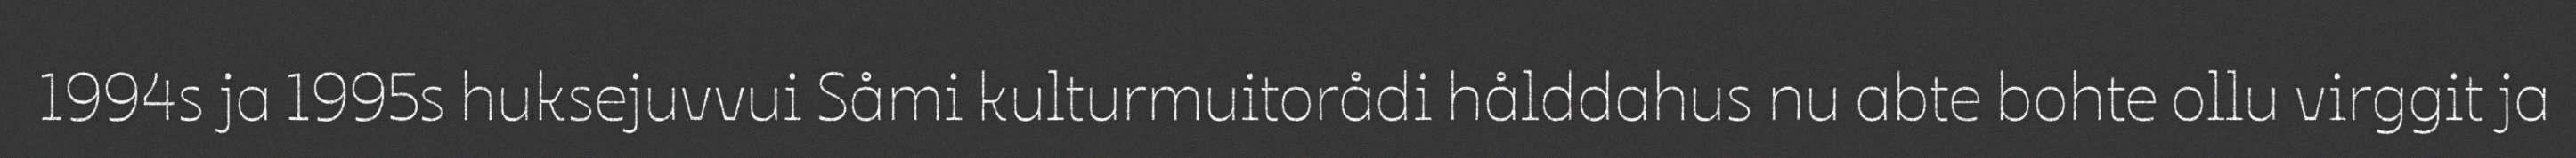
1994s ja 1995s huksejuvvui Såmi kulturmuitorådi hålddahus nu abte bohte ollu virggit ja